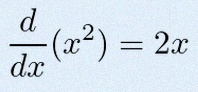
\frac{d}{dx}(x^2)=2x